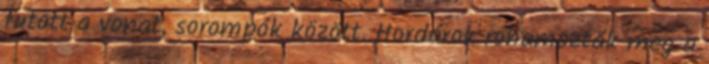
futott a vonat, sorompók között. Hordárok rohamozták meg a